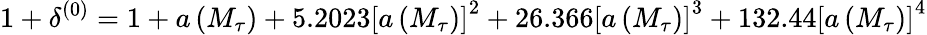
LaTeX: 1+\delta^{(0)}=1+a\left(M_{\tau}\right)+5.2023\left[a\left(M_{\tau}\right)\right]^{2}+26.366\left[a\left(M_{\tau}\right)\right]^{3}+132.44\left[a\left(M_{\tau}\right)\right]^{4}